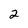
Character: 2